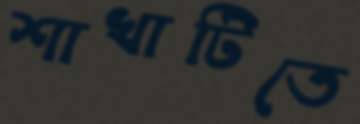
শাখাটিতে